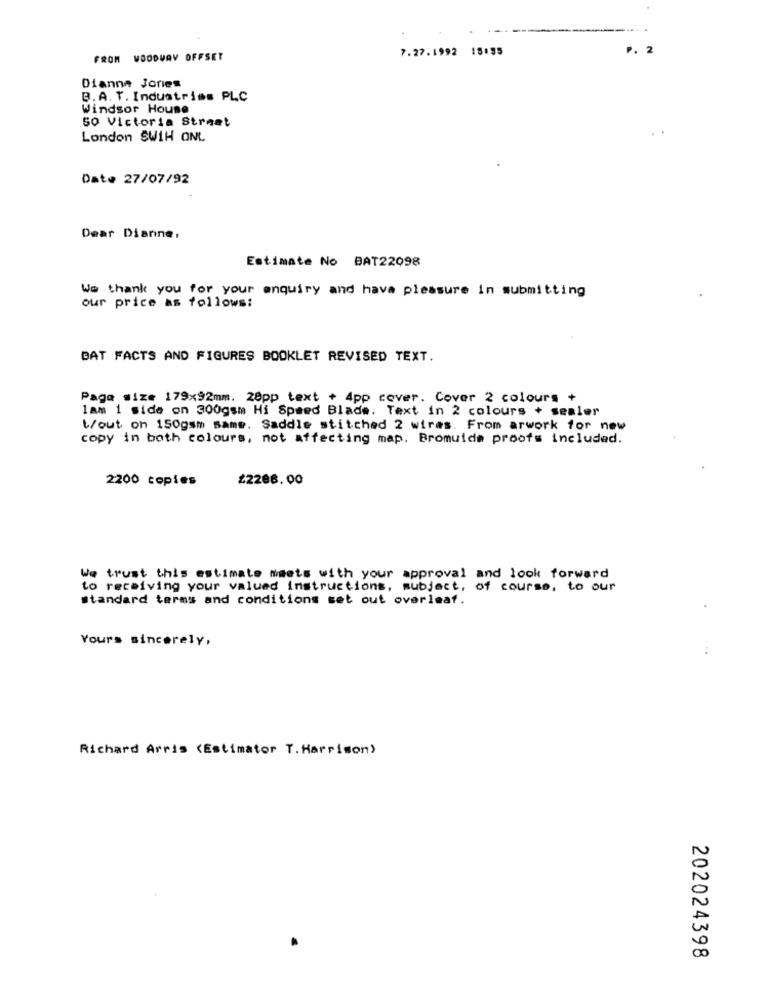
7.27.1992 15:55
P. 2
FROM WOODWAY OFFSET
Dianne Jories
B.A. T. Industries PLC
Windsor House
So Victoria Street
London SW1H ONL
Date 27/07/92
Dear Dianne.
Estimate No BAT22098
We thank you for your enquiry and have pleasure in submitting
our price as follows:
DAT FACTS AND FIGURES BOOKLET REVISED TEXT.
Page size 179x92mm. 28pp text + 4pp cover. Cover 2 colours +
lam 1 side on 300gsm Hi Speed Blade. Text in 2 colours + sealer
t/out on 150gsm same. Saddle stitched 2 wires. From arwork for new
copy in both colours, not affecting map. Bromuide proofs included.
2200 copies
£2298.00
We trust this estimate meets with your approval and look forward
to receiving your valued instructions, subject, of course, to our
Standard terms and conditions set out overleaf.
Yours sincerely,
Richard Arris (Estimator T.Harrison)
202024398